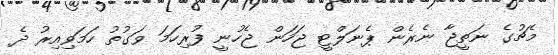
މެޗުގެ ނަތީޖާ ނެރެން ޕެނަލްޓީ ޖަހަން ޖެހުނީ ފުރިހަމަ ވަގުތު ހަމަވިއިރު ދެ